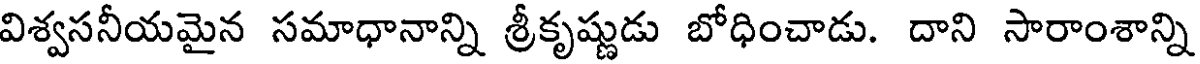
విశ్వసనీయమైన సమాధానాన్ని శ్రీకృష్ణుడు బోధించాడు. దాని సారాంశాన్ని